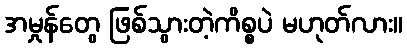
အမှုန်တွေ ဖြစ်သွားတဲ့ကိစ္စပဲ မဟုတ်လား။